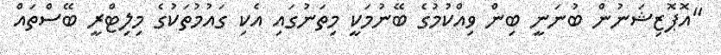
"އޮޕޮޒިޝަނުން ބުނަނީ ބިން ވިއްކުމުގެ ބޭނުމަކީ މިތަނުގައި އެކި ގައުމުތަކުގެ މިލިޓްރީ ބޭސްތައް